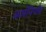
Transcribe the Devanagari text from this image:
कर्मनिर्णय